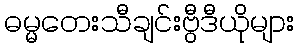
ဓမ္မတေးသီချင်းဗွီဒီယိုများ